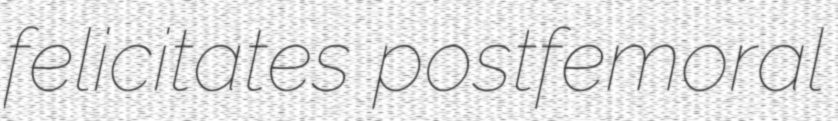
felicitates postfemoral